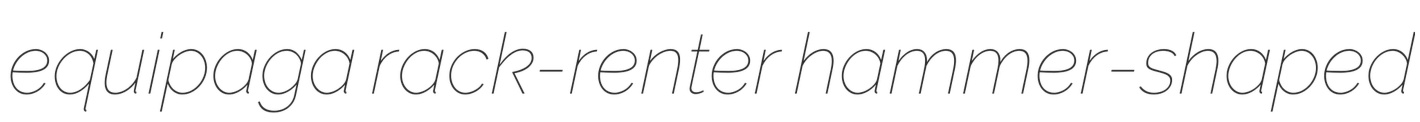
equipaga rack-renter hammer-shaped